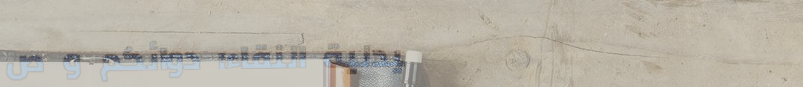
صيدلية النقاء: دوائكم و ص